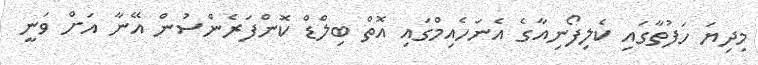
މިދިޔަ ހަފުތާގައި ކެލިފޯނިއާގެ އެނަހެއިމްގައި އޮތް ބިލްޑް ކޮންފަރެންސުން އޭނާ އަށް ވަނީ